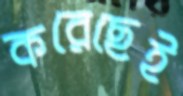
করেছেই